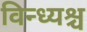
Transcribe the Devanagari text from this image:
विन्ध्यश्च